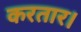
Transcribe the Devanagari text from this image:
करतार।